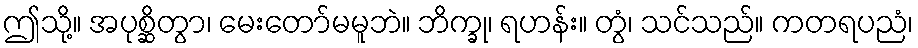
ဤသို့။ အပုစ္ဆိတွာ၊ မေးတော်မမူဘဲ။ ဘိက္ခု၊ ရဟန်း။ တွံ၊ သင်သည်။ ကတရပညံ၊